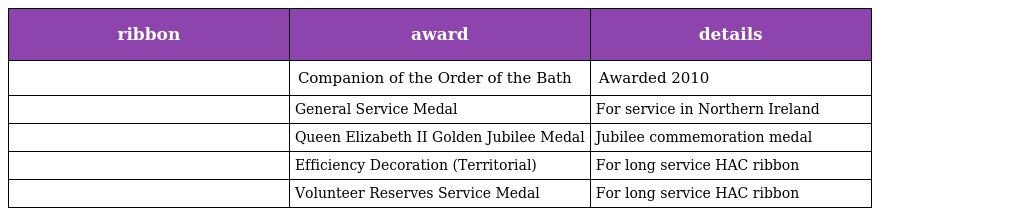
| ribbon | award | details |
 | --- | --- | --- |
 |  | Companion of the Order of the Bath | Awarded 2010 |
 |  | General Service Medal | For service in Northern Ireland |
 |  | Queen Elizabeth II Golden Jubilee Medal | Jubilee commemoration medal |
 |  | Efficiency Decoration (Territorial) | For long service HAC ribbon |
 |  | Volunteer Reserves Service Medal | For long service HAC ribbon |